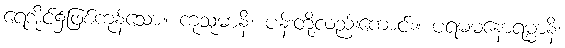
ရေအိုင်၌ဖြစ်ကုန်သော။ ကုသုမာနိ၊ ပန်းတို့လည်းကောင်း။ ပရမမနောရမ္မာနိ၊